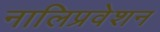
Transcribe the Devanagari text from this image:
नालिप्रवेशन